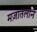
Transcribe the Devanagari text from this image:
मज़ातलान